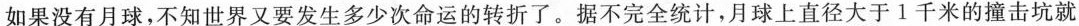
如果没有月球，不知世界又要发生多少次命运的转折了。据不完全统计，月球上直径大于1千米的撞击坑就